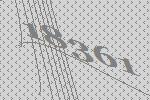
18361